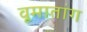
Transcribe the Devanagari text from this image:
वूमातांग